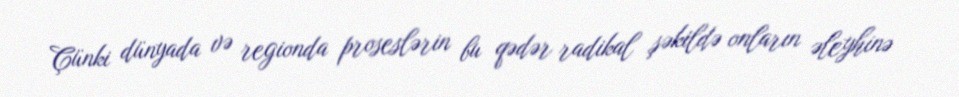
Çünki dünyada və regionda proseslərin bu qədər radikal şəkildə onların əleyhinə